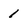
Character: 1